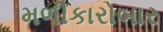
મળીકારોબાર